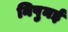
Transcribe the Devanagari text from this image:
निपुनई